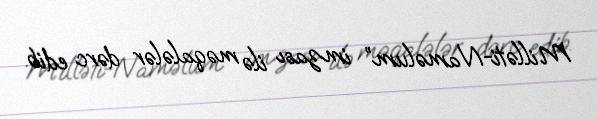
Milləti-Naməlum” imzası ilə məqalələr dərc edib.